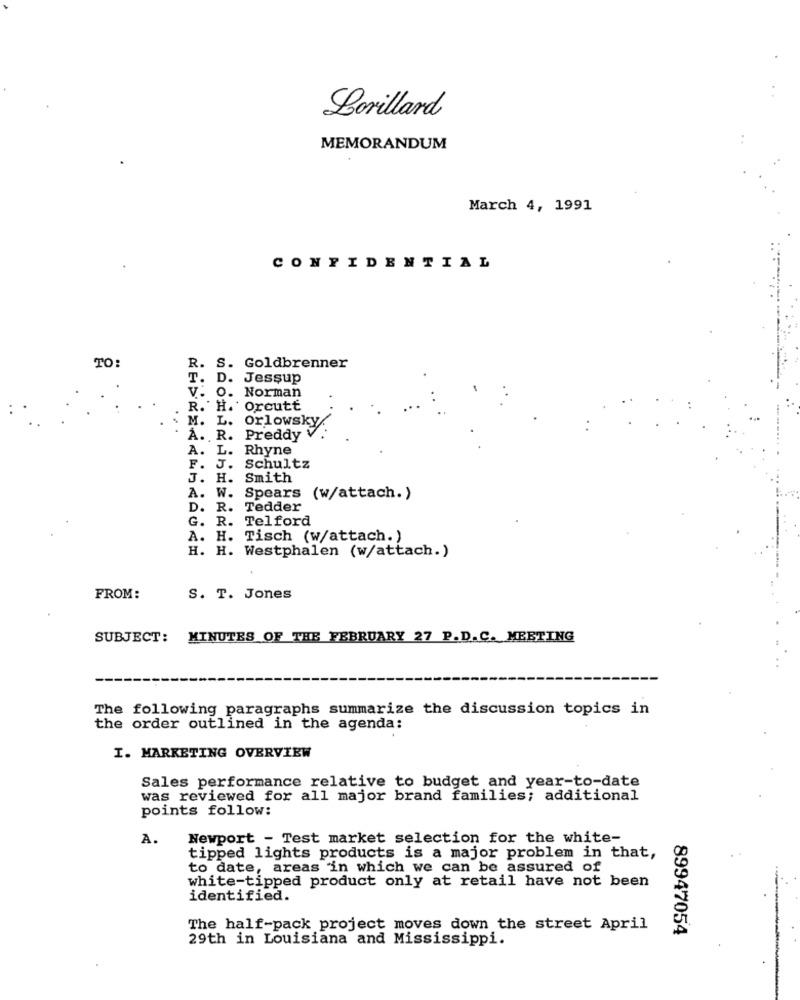
Lorillard
MEMORANDUM
March 4, 1991
CONFIDENTIAL
TO:
R.
S. Goldbrenner
T. D. Jessup
V. O. Norman
R. H. Orcutt
M. L. Orlowsky.
À. R. Preddy
A. L. Rhyne
F.
. Schultz
J. H. Smith
A. W. Spears (w/attach.)
D. R. Tedder
G. R. Telford
A. H. Tisch (w/attach.)
H. H. Westphalen (w/attach.)
FROM:
S. T. Jones
SUBJECT:
MINUTES OF THE FEBRUARY 27 P.D.C. MEETING
The following paragraphs summarize the discussion topics in
the order outlined in the agenda:
I. MARKETING OVERVIEW
Sales performance relative to budget and year-to-date
was reviewed for all major brand families; additional
points follow:
A.
Newport - Test market selection for the white-
tipped lights products is a major problem in that,
to date, areas in which we can be assured of
white-tipped product only at retail have not been
identified.
The half-pack project moves down the street April
89947054
29th in Louisiana and Mississippi.